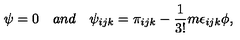
\psi = 0 \quad a n d \quad \psi _ { i j k } = \pi _ { i j k } - \frac { 1 } { 3 ! } m \epsilon _ { i j k } \phi ,